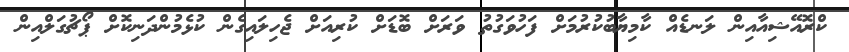
ކްރޮއޭޝިއާއިން ލަނޑެއް ކާމިޔާބުކުރުމަށް ފަހުވަގުތު ވަރަށް ބޮޑަށް ކުރިއަށް ޖެހިލައިގެން ކުޅެމުންދަނިކޮށް ޕޯޗުގަލްއިން